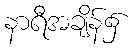
နာရီအချိန်၌